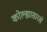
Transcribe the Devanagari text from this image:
कोल्ह्यासारखे